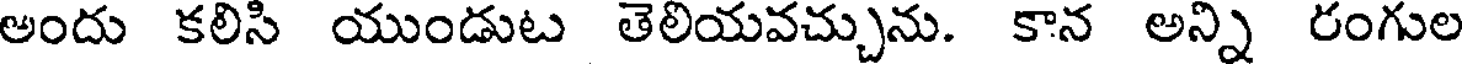
అందు కలిసి యుండుట తెలియవచ్చును. కాన అన్ని రంగుల